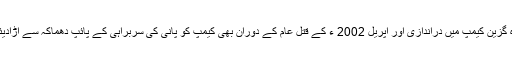
یروشلم کے پناہ گزین کیمپ میں دراندازی اور اپریل 2002 ء کے قتل عام کے دوران بھی کیمپ کو پانی کی سربراہی کے پائپ دھماکہ سے اڑادیئے گئے تھے ۔